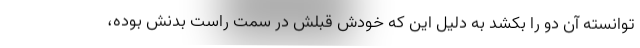
توانسته آن دو را بکشد به دلیل این که خودش قبلش در سمت راست بدنش بوده،